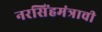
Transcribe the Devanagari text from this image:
नरसिंहमंत्राची